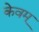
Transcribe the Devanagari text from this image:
केवम्